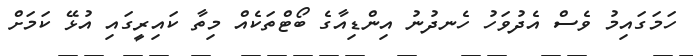
ހަމަގައިމު ވެސް އެދުވަހު ހެނދުނު އިންޑިއާގެ ބޯޓްތަކެއް މިތާ ކައިރީގައި އުޅޭ ކަމަށް